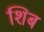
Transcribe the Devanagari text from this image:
शिब